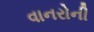
વાનરોની